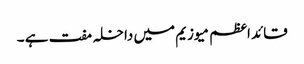
قائد اعظم میوزیم میں داخلہ مفت ہے ۔